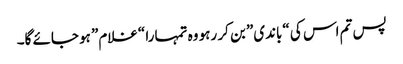
پس تم اس کی “باندی” بن کر رہو وہ تمہارا “غلام” ہو جائے گا۔